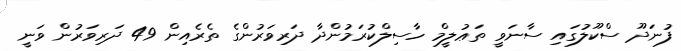
ފުނަދޫ ސްކޫލުގައި ސާނަވީ ތަޢުލީމް ހާސިލްކުރަމުންދާ ދަރިވަރުންގެ ތެރެއިން 49 ދަރިވަރުން ވަނީ